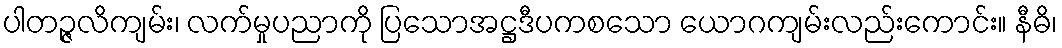
ပါတဉ္ဇလိကျမ်း၊ လက်မှုပညာကို ပြသောအဋ္ဌဒီပကစသော ယောဂကျမ်းလည်းကောင်း။ နီဓိ၊